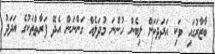
ބާޒާރުގައި ވަކި އަދަދަކަށް ލިބެން ހުންނަ މުދަލެއް ގަންނަން އެދޭ ފަރާތްތަކުގެ އަދަދު